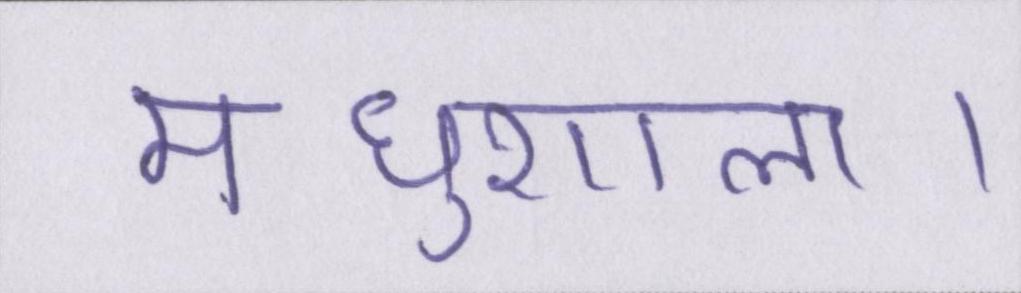
मधुशाला।